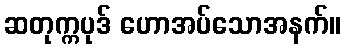
ဆတုက္ကပုဒ် ဟောအပ်သောအနက်။